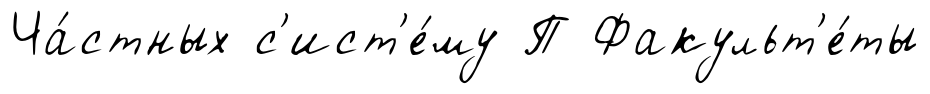
Ча́стных с'ист'е́му П Факульт'е́ты